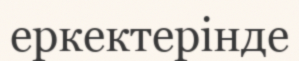
еркектерінде